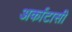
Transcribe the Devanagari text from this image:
अर्काटासी